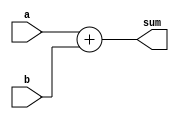
module four_bit_adder (
    input [3:0] a,
    input [3:0] b,
    output reg [3:0] sum
    );

always @(*) begin
    sum = a + b;
end

endmodule